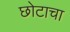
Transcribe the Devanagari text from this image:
छोटाचा